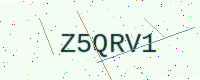
Text: Z5QRV1